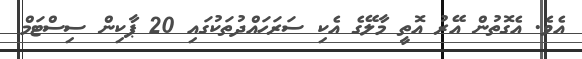
އެވެ. އެގޮތުން އޭރު އޮތީ މާލޭގެ އެކި ސަރަހައްދުތަކުގައި 20 ޕާކިން ސިސްޓަމް